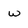
Character: w